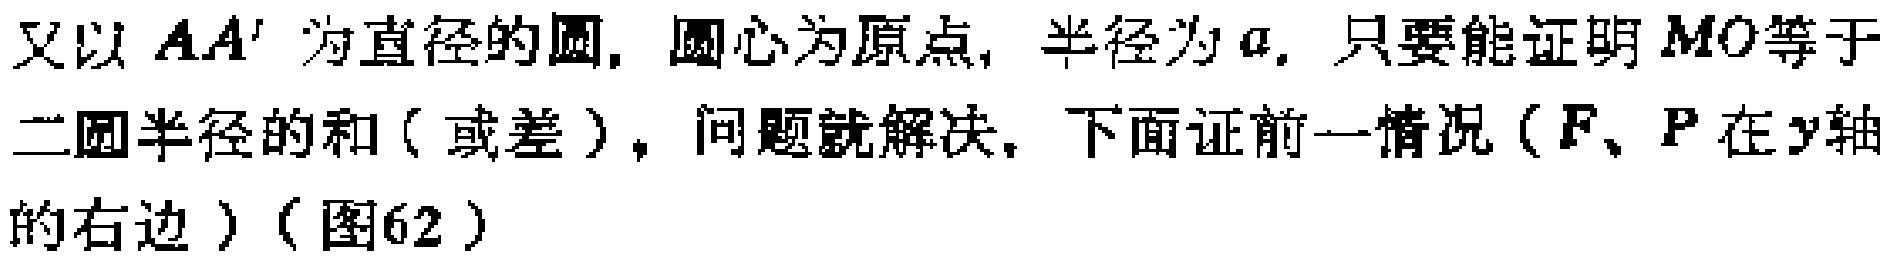
又以 \(AA'\) 为直径的圆，圆心为原点，半径为 \(a\). 只要能证明 \(MO\) 等于二圆半径的和（或差），问题就解决，下面证前一情况（\(F、P\) 在 \(y\) 轴的右边）（图62）